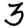
Digit: 3